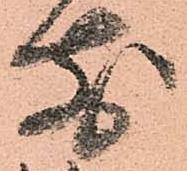
前